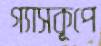
গ্যাসকূপে